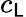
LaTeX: c_{\mathsf{L}}